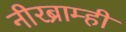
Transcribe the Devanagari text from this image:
नीरब्राम्‍ही